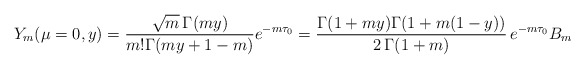
\begin{align*}Y_m(\mu = 0,y) = \frac{\sqrt{m}\, \Gamma(my)}{m! \Gamma (my +1-m)}e^{-m\tau_0} = \frac{\Gamma(1+my) \Gamma(1+m(1-y))}{2\,\Gamma(1+m)}\, e^{-m\tau_0} B_m\end{align*}